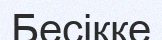
Бесікке